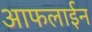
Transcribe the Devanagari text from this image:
आफलाईन